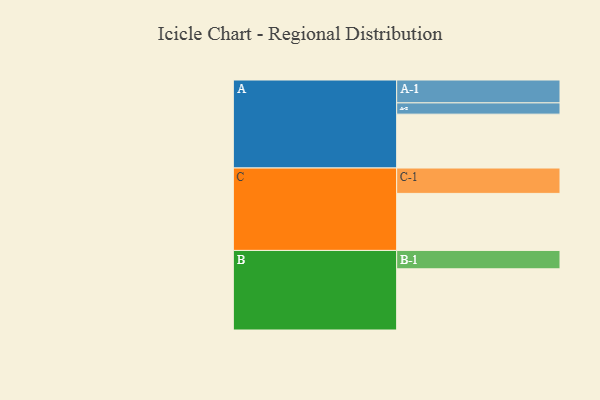
{"axis": {"x": "Segment", "y": "Value"}, "legend": ["", "A", "B", "C"], "data": [{"x": "A", "y": 325, "type": ""}, {"x": "B", "y": 369, "type": ""}, {"x": "C", "y": 344, "type": ""}, {"x": "A-1", "y": 138, "type": "A"}, {"x": "A-2", "y": 68, "type": "A"}, {"x": "B-1", "y": 111, "type": "B"}, {"x": "C-1", "y": 153, "type": "C"}]}